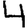
Digit: 4